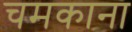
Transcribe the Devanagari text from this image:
चमकाना